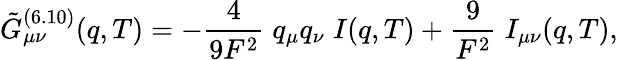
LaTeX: \tilde{G}_{\mu\nu}^{(6.10)}(q,T)=-\frac{4}{9F^{2}}\; q_{\mu}q_{\nu}\; I(q,T)+\frac{9}{F^{2}}\; I_{\mu\nu}(q,T),